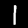
Digit: 1